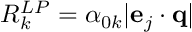
R _ { k } ^ { L P } = \alpha _ { 0 k } | \mathbf { e } _ { j } \cdot \mathbf { q } |